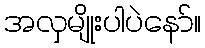
အလှမျိုးပါပဲနော်။